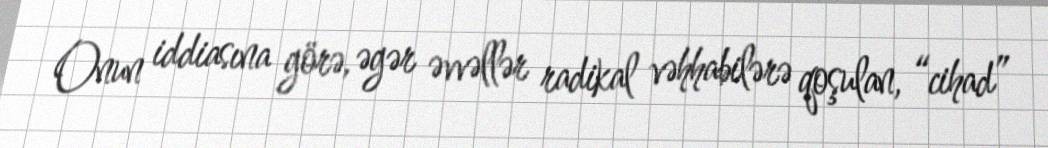
Onun iddiasına görə, əgər əvvəllər radikal vəhhabilərə qoşulan, “cihad”